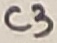
Text: C3